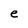
Character: e